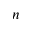
n